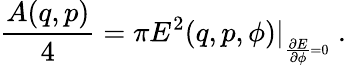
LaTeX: {\frac{A(q,p)}{4}}=\pi E^{2}(q,p,\phi)\vert_{\phantom{}_{{\frac{\partial E}{\partial\phi}}=0}}\ .